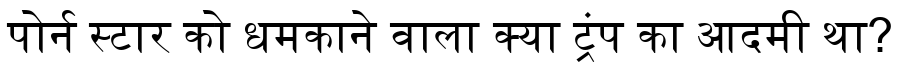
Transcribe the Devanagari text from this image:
पोर्न स्टार को धमकाने वाला क्या ट्रंप का आदमी था?